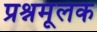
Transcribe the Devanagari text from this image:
प्रश्नमूलक